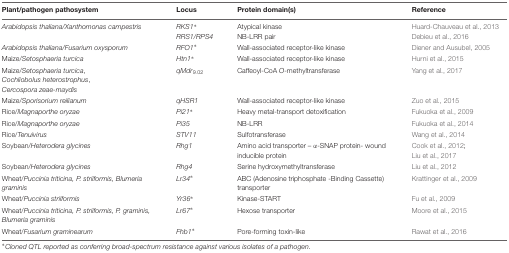
<table><thead><tr><td><b>Plant/pathogen pathosystem</b></td><td><b>Locus</b></td><td><b>Protein domain(s)</b></td><td><b>Reference</b></td></tr></thead><tbody><tr><td><i>Arabidopsis thaliana/Xanthomonas campestris</i></td><td><i>RKS1<sup>∗</sup></i><i>RRS1/RPS4</i></td><td>Atypical kinaseNB-LRR pair</td><td>Huard-Chauveau et al., 2013Debieu et al., 2016</td></tr><tr><td><i>Arabidopsis thaliana/Fusarium oxysporum</i></td><td><i>RFO1<sup>∗</sup></i></td><td>Wall-associated receptor-like kinase</td><td>Diener and Ausubel, 2005</td></tr><tr><td>Maize/<i>Setosphaeria turcica</i></td><td><i>Htn1<sup>∗</sup></i></td><td>Wall-associated receptor-like kinase</td><td>Hurni et al., 2015</td></tr><tr><td>Maize/<i>Setosphaeria turcica</i>,<i>Cochliobolus heterostrophus</i>,<i>Cercospora zeae-maydis</i></td><td><i>qMdr</i><sub>9.02</sub></td><td>Caffeoyl-CoA <i>O</i>-methyltransferase</td><td>Yang et al., 2017</td></tr><tr><td>Maize/<i>Sporisorium reilianum</i></td><td><i>qHSR1</i></td><td>Wall-associated receptor-like kinase</td><td>Zuo et al., 2015</td></tr><tr><td>Rice/<i>Magnaporthe oryzae</i></td><td><i>Pi21<sup>∗</sup></i></td><td>Heavy metal-transport detoxification</td><td>Fukuoka et al., 2009</td></tr><tr><td>Rice/<i>Magnaporthe oryzae</i></td><td><i>Pi35</i></td><td>NB-LRR</td><td>Fukuoka et al., 2014</td></tr><tr><td>Rice/<i>Tenuivirus</i></td><td><i>STV11</i></td><td>Sulfotransferase</td><td>Wang et al., 2014</td></tr><tr><td>Soybean/<i>Heterodera glycines</i></td><td><i>Rhg1</i></td><td>Amino acid transporter – α-SNAP protein- wound inducible protein</td><td>Cook et al., 2012;Liu et al., 2017</td></tr><tr><td>Soybean/<i>Heterodera glycines</i></td><td><i>Rhg4</i></td><td>Serine hydroxymethyltransferase</td><td>Liu et al., 2012</td></tr><tr><td>Wheat/<i>Puccinia triticina, P. striiformis, Blumeria graminis</i></td><td><i>Lr34<sup>∗</sup></i></td><td>ABC (Adenosine triphosphate -Binding Cassette) transporter</td><td>Krattinger et al., 2009</td></tr><tr><td>Wheat/<i>Puccinia striiformis</i></td><td><i>Yr36<sup>∗</sup></i></td><td>Kinase-START</td><td>Fu et al., 2009</td></tr><tr><td>Wheat/<i>Puccinia triticina, P. striiformis, P. graminis, Blumeria graminis</i></td><td><i>Lr67<sup>∗</sup></i></td><td>Hexose transporter</td><td>Moore et al., 2015</td></tr><tr><td>Wheat/<i>Fusarium graminearum</i></td><td><i>Fhb1<sup>∗</sup></i></td><td>Pore-forming toxin-like</td><td>Rawat et al., 2016</td></tr></tbody></table>